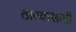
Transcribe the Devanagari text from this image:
ठाण्यासाठी